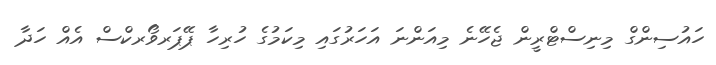
ހައުސިންގް މިނިސްޓްރީން ޖެހޭނެ މިއަންނަ އަހަރުގައި މިކަމުގެ ހުރިހާ ޕޭޕަރވޯރކްސް އެއް ހަދާ